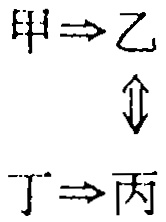
甲$\Rightarrow$乙
$\Updownarrow$
丁$\Rightarrow$丙